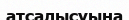
атсалысуына